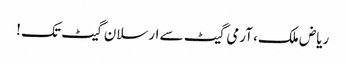
ریاض ملک، آرمی گیٹ سے ارسلان گیٹ تک !